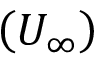
\left( U _ { \infty } \right)